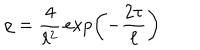
LaTeX: \rho = { \frac { 4 } { \ell ^ { 2 } } } \exp \left( - { \frac { 2 \tau } { \ell } } \right)